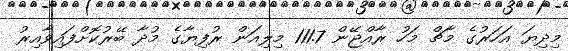
މިދިޔަ އަހަރުގެ މާޗް މަހު ރާއްޖޭން 111.7 މިލިއަން ރުފިޔާގެ މުދާ ބޭރުކޮށްފައިވާއިރު